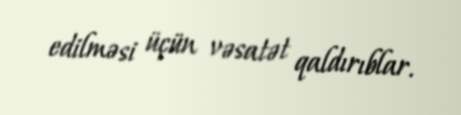
edilməsi üçün vəsatət qaldırıblar.